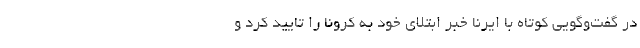
در گفت‌وگویی کوتاه با ایرنا خبر ابتلای خود به کرونا را تایید کرد و